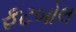
ફટબોલ